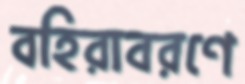
বহিরাবরণে